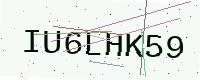
Text: IU6LHK59